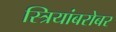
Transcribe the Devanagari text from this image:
स्त्रियांबरोबर